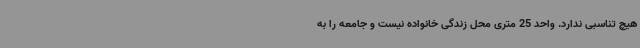
هیچ تناسبی ندارد. واحد 25 متری محل زندگی خانواده نیست و جامعه را به